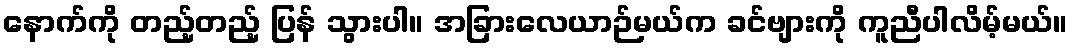
နောက်ကို တည့်တည့် ပြန် သွားပါ။ အခြားလေယာဉ်မယ်က ခင်ဗျားကို ကူညီပါလိမ့်မယ်။